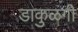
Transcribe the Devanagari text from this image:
डाकुळगी